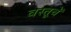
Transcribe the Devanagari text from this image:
वस्तूचें